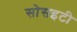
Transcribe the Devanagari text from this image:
सोसइटी